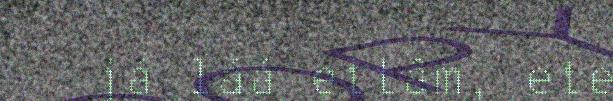
já láá ettâm, ete